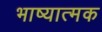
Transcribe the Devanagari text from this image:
भाष्यात्मक